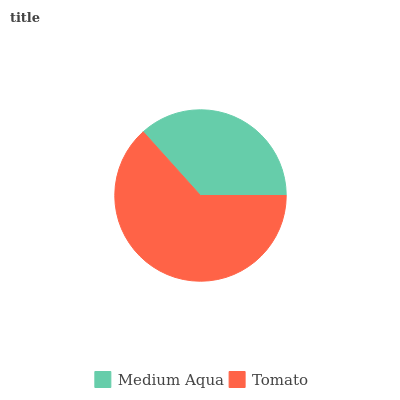
| Medium Aqua | Tomato |
 | --- | --- |
 | 36.6% | 63.4% |